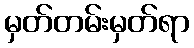
မှတ်တမ်းမှတ်ရာ